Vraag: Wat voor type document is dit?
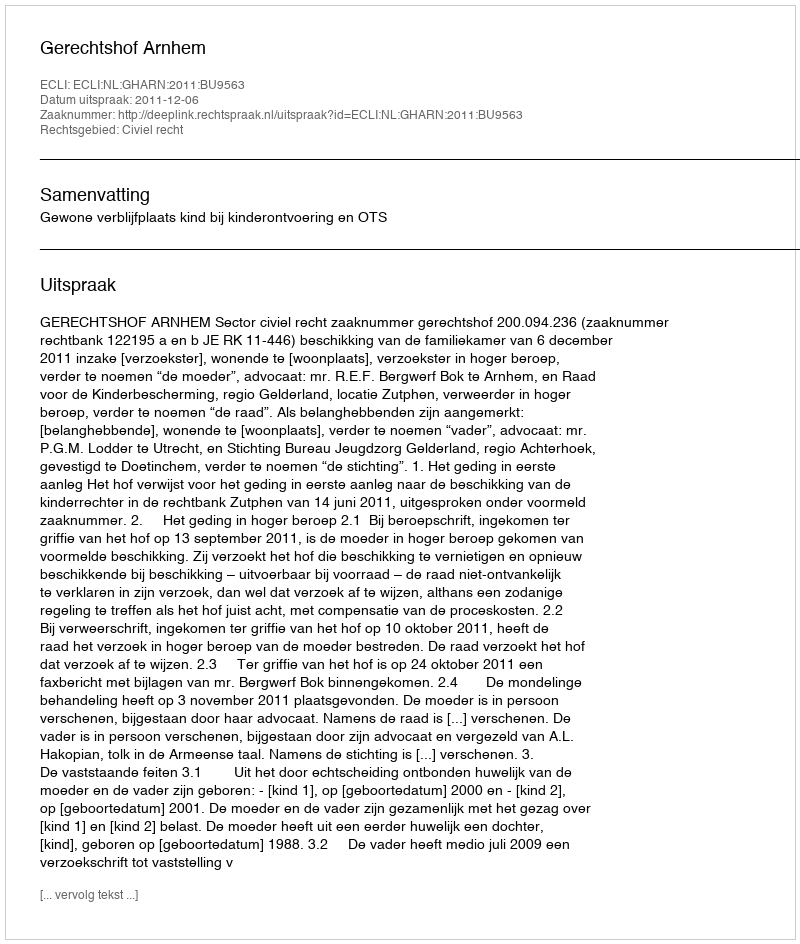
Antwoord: Uitspraak